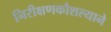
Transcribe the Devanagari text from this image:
निरीक्षणकौशल्याने